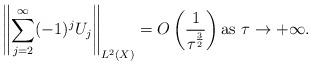
LaTeX: \begin{align*}\left\Vert \sum_{j=2}^\infty (-1)^jU_j\right\Vert_{L^2(X)}= O\left(\frac {1}{\tau^\frac 32}\right)\mbox{as}\,\,\tau\rightarrow+ \infty.\end{align*}